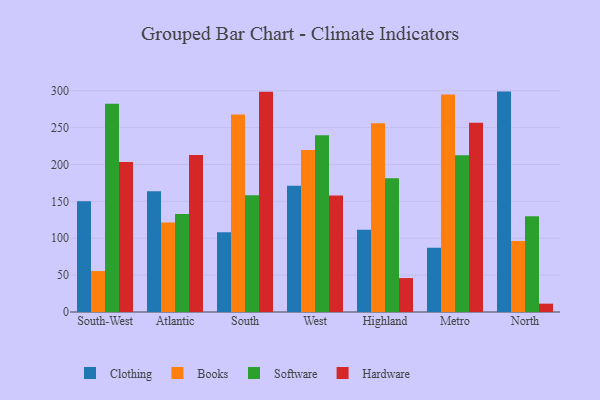
{"axis": {"x": "Region", "y": "Revenue (USD Million)"}, "legend": ["Books", "Clothing", "Hardware", "Software"], "data": [{"x": "South-West", "y": 150.2, "type": "Clothing"}, {"x": "South-West", "y": 55.5, "type": "Books"}, {"x": "South-West", "y": 282.4, "type": "Software"}, {"x": "South-West", "y": 203.5, "type": "Hardware"}, {"x": "Atlantic", "y": 163.8, "type": "Clothing"}, {"x": "Atlantic", "y": 121.5, "type": "Books"}, {"x": "Atlantic", "y": 132.8, "type": "Software"}, {"x": "Atlantic", "y": 212.8, "type": "Hardware"}, {"x": "South", "y": 108.1, "type": "Clothing"}, {"x": "South", "y": 267.8, "type": "Books"}, {"x": "South", "y": 158.2, "type": "Software"}, {"x": "South", "y": 298.5, "type": "Hardware"}, {"x": "West", "y": 171.2, "type": "Clothing"}, {"x": "West", "y": 219.7, "type": "Books"}, {"x": "West", "y": 239.5, "type": "Software"}, {"x": "West", "y": 158.0, "type": "Hardware"}, {"x": "Highland", "y": 111.5, "type": "Clothing"}, {"x": "Highland", "y": 255.9, "type": "Books"}, {"x": "Highland", "y": 181.2, "type": "Software"}, {"x": "Highland", "y": 46.0, "type": "Hardware"}, {"x": "Metro", "y": 87.2, "type": "Clothing"}, {"x": "Metro", "y": 294.9, "type": "Books"}, {"x": "Metro", "y": 212.4, "type": "Software"}, {"x": "Metro", "y": 256.5, "type": "Hardware"}, {"x": "North", "y": 298.8, "type": "Clothing"}, {"x": "North", "y": 96.1, "type": "Books"}, {"x": "North", "y": 129.8, "type": "Software"}, {"x": "North", "y": 11.3, "type": "Hardware"}]}